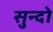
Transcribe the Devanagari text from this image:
सुन्दो